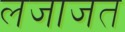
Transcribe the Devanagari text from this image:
लजाजत